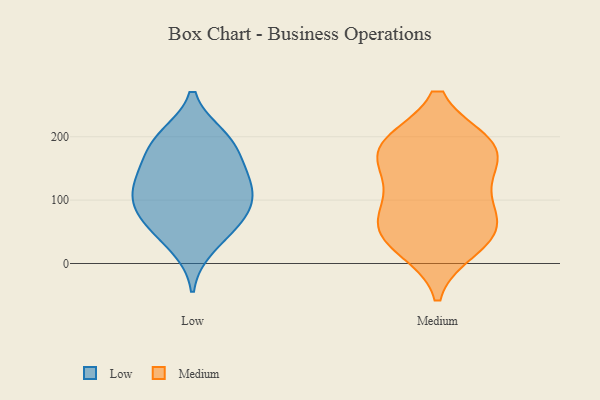
{"axis": {"x": "Backlog", "y": "Value"}, "legend": ["Low", "Medium"], "data": [{"x": "", "y": 61, "type": "Low"}, {"x": "", "y": 138, "type": "Low"}, {"x": "", "y": 137, "type": "Low"}, {"x": "", "y": 200, "type": "Low"}, {"x": "", "y": 61, "type": "Low"}, {"x": "", "y": 98, "type": "Low"}, {"x": "", "y": 189, "type": "Low"}, {"x": "", "y": 80, "type": "Low"}, {"x": "", "y": 26, "type": "Low"}, {"x": "", "y": 105, "type": "Low"}, {"x": "", "y": 158, "type": "Low"}, {"x": "", "y": 197, "type": "Low"}, {"x": "", "y": 113, "type": "Low"}, {"x": "", "y": 135, "type": "Medium"}, {"x": "", "y": 55, "type": "Medium"}, {"x": "", "y": 186, "type": "Medium"}, {"x": "", "y": 188, "type": "Medium"}, {"x": "", "y": 82, "type": "Medium"}, {"x": "", "y": 37, "type": "Medium"}, {"x": "", "y": 25, "type": "Medium"}, {"x": "", "y": 187, "type": "Medium"}, {"x": "", "y": 149, "type": "Medium"}, {"x": "", "y": 90, "type": "Medium"}, {"x": "", "y": 187, "type": "Medium"}, {"x": "", "y": 51, "type": "Medium"}]}